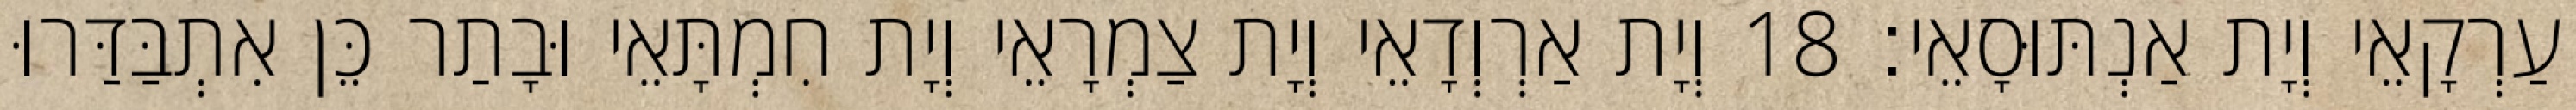
עַרְקָאֵי וְיָת אַנְתּוּסָאֵי׃ 18 וְיָת אַרְוְדָאֵי וְיָת צַמְרָאֵי וְיָת חִמְתָּאֵי וּבָתַר כֵּן אִתְבַּדַּרוּ